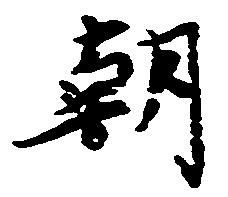
朝